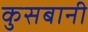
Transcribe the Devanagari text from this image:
कुसबानी